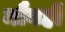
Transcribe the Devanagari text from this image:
मौनही